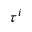
\tau ^ { i }